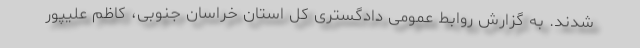
شدند. به گزارش روابط عمومی دادگستری کل استان خراسان جنوبی، کاظم علیپور